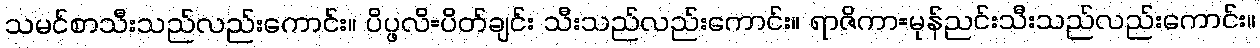
သမင်စာသီးသည်လည်းကောင်း။ ပိပ္ဖလိ=ပိတ်ချင်း သီးသည်လည်းကောင်း။ ရာဇိကာ=မုန်ညင်းသီးသည်လည်းကောင်း။